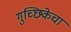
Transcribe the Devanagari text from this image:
गुच्छिकेचा